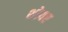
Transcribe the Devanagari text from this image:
शोयर